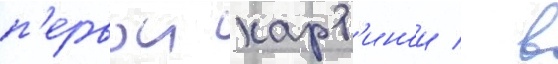
п'ервои карт'инои / в